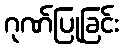
ဂုဏ်ပြုခြင်း